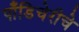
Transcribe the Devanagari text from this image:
पाँडिचेरीचे